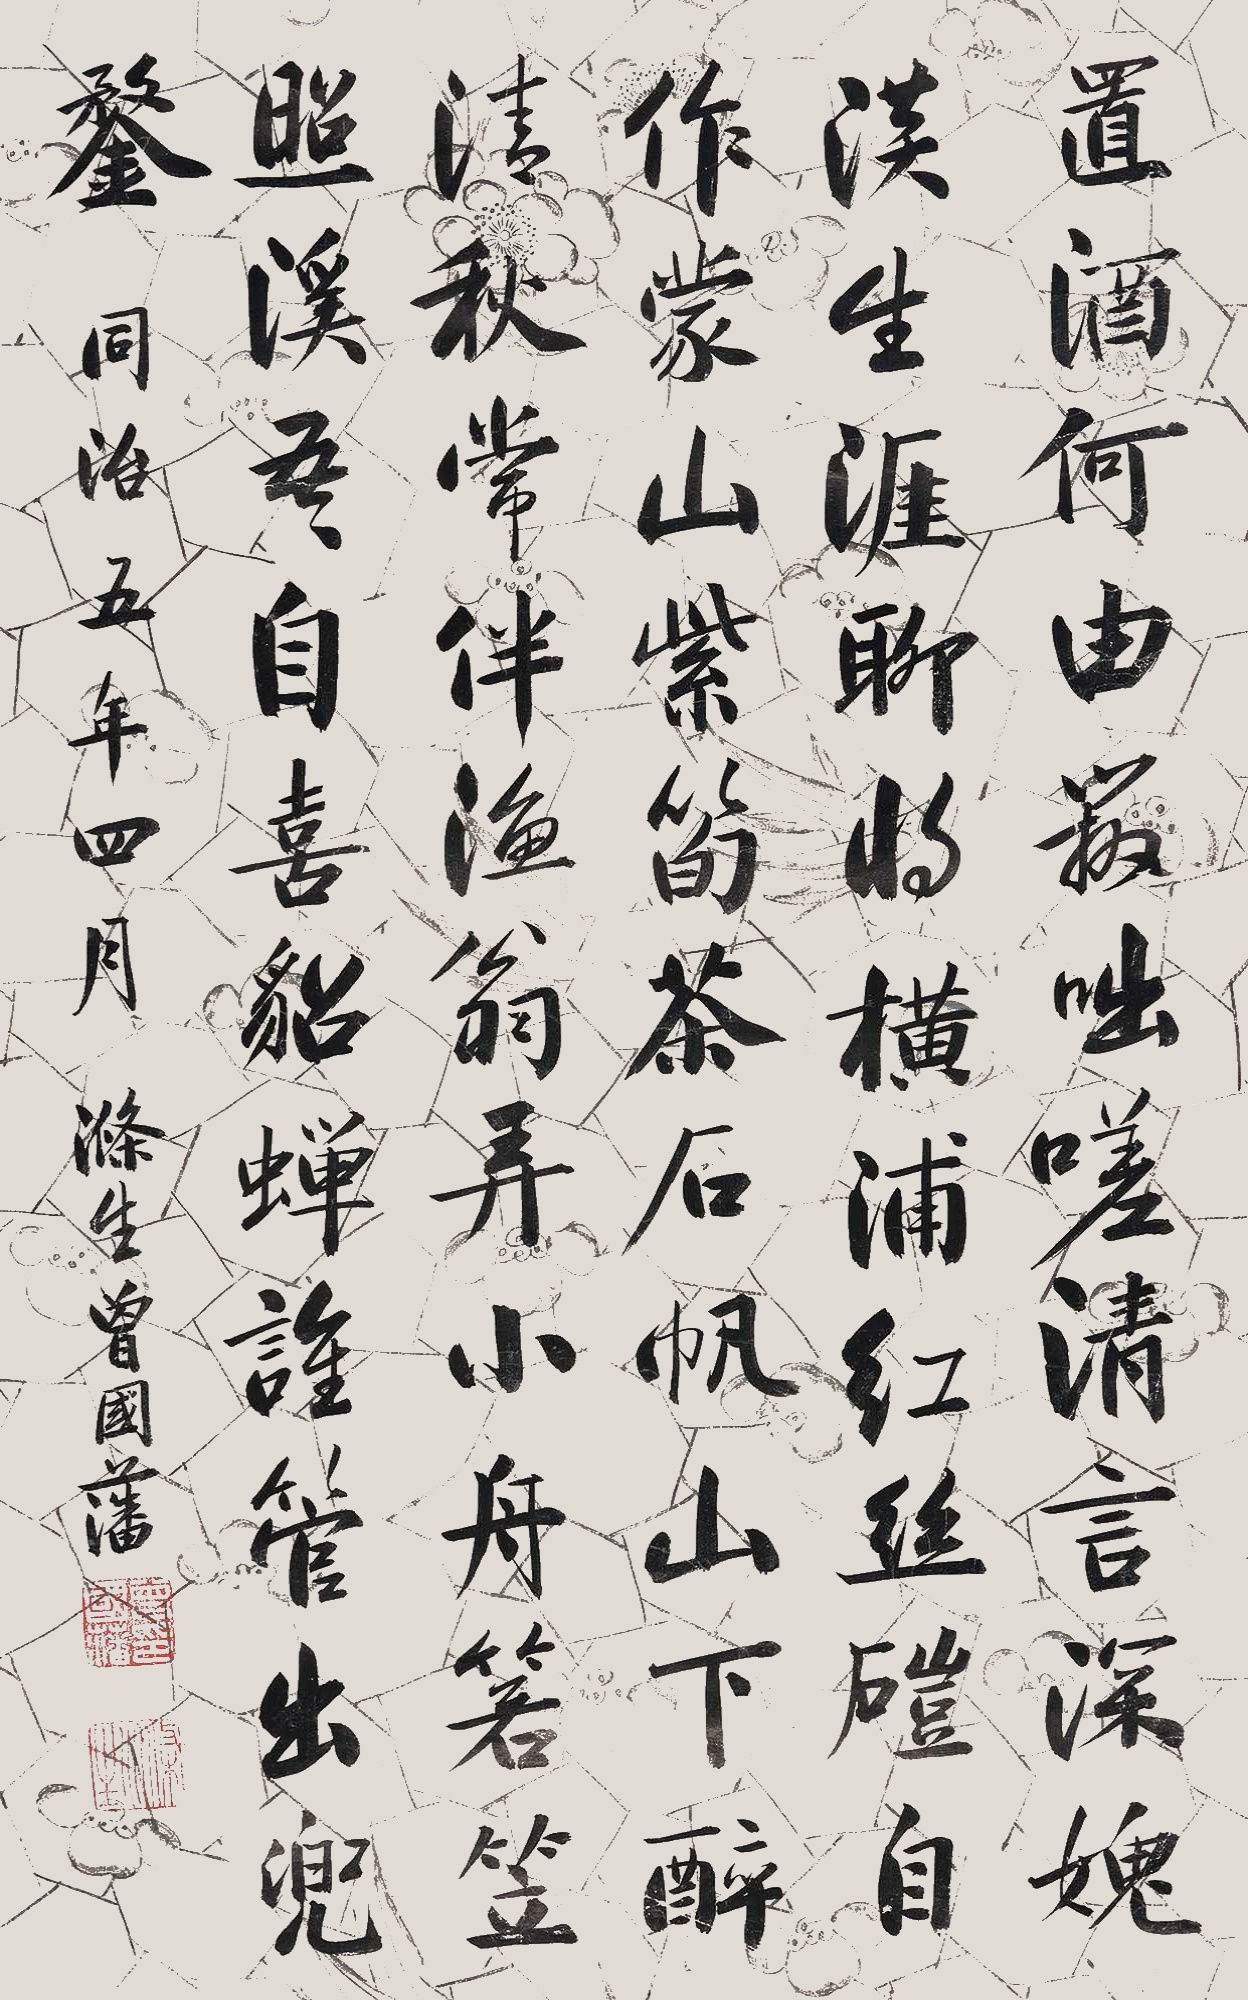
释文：置酒何由办咄嗟，清言深愧淡生涯。聊将横浦红丝硙，自作蒙山紫笋茶。石帆山下醉清秋，常伴渔翁弄小舟。箬笠照溪吾自喜，貂蝉谁管出兜鍪。同治五年四月，涤生曾国藩。